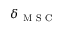
\delta _ { \mathrm { ~ M ~ S ~ C ~ } }